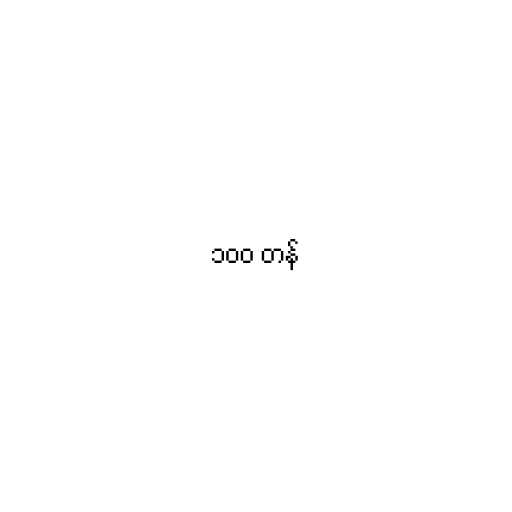
၁၀၀ တန်